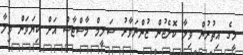
މީގެ އިތުރުން ވިލާ ކޮލެޖުން ޒުންނަވާރު ސަލީމް މާސްޓާސް އަށް ކިޔަވަން ވިލާ